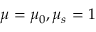
\mu = \mu _ { 0 } , \mu _ { s } = 1